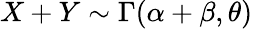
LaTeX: X+Y\sim\Gamma(\alpha+\beta,\theta)